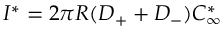
I ^ { * } = 2 \pi R ( D _ { + } + D _ { - } ) C _ { \infty } ^ { * }